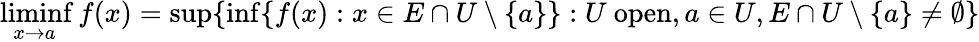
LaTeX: \operatorname*{liminf}_{x\to a}f(x)=\operatorname*{sup}\{ \operatorname*{inf}\{ f(x):x\in E\cap U\setminus\{ a\} \} :U\ \mathrm{open},a\in U,E\cap U\setminus\{ a\} \neq\emptyset\}